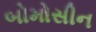
બોમોસીન